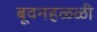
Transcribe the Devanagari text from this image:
बूवनहळ्ळी